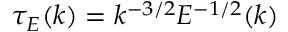
\tau _ { E } ( k ) = k ^ { - 3 / 2 } E ^ { - 1 / 2 } ( k )